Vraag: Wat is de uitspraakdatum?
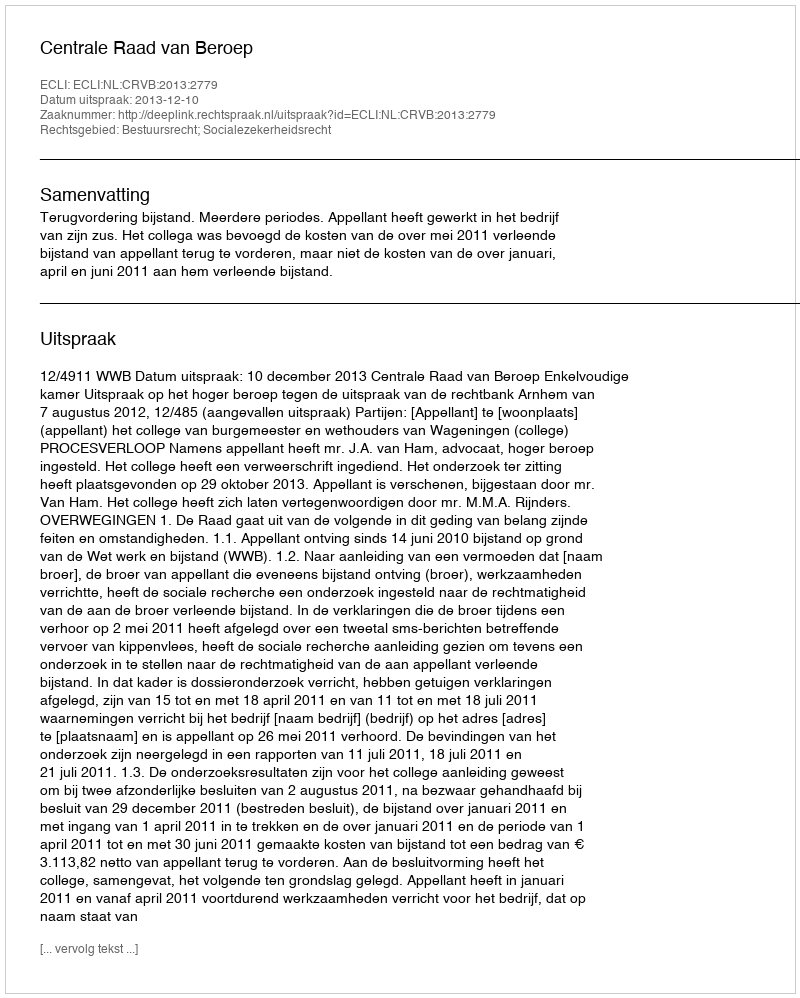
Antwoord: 2013-12-10